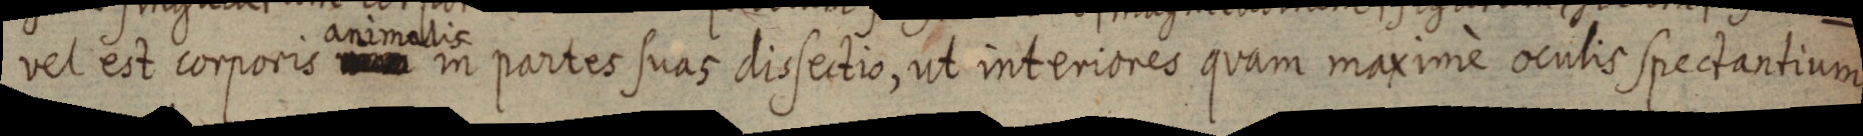
vel est corporis animalis in partes suas dissectio, ut interiores quam maximè oculis spectantium